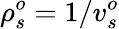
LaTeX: \rho_{s}^{o}=1/v_{s}^{o}